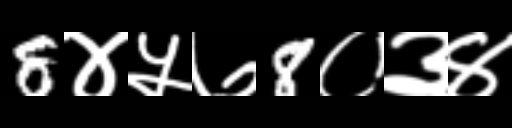
Text: 8४५७8०३४